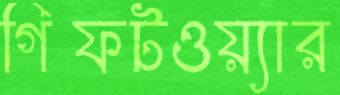
গিফটওয়্যার